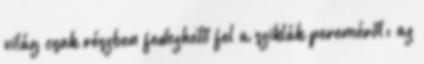
világ csak részben fedezhető fel a sziklák pereméről: az